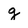
Character: g